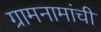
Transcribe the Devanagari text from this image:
ग्रामनामांची